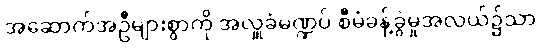
အဆောက်အဦများစွာကို အလှူခံမဏ္ဍပ် စီမံခန့်ခွဲမှုအလယ်၌သာ